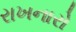
રાખનારો